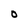
Character: O